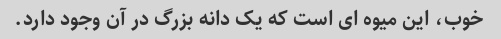
خوب، این میوه ای است که یک دانه بزرگ در آن وجود دارد.